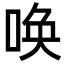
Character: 唤